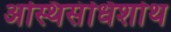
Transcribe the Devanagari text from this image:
अस्थिसंधिशोथ